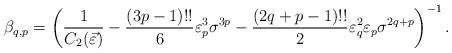
LaTeX: \begin{align*}\beta_{q,p}=\left(\frac{1}{C_{2}(\vec{\varepsilon})}-\frac{(3p-1)!!}{6} \varepsilon_{p}^{3}\sigma^{3p}-\frac{(2q+p-1)!!}{2}\varepsilon_{q}^{2} \varepsilon_{p} \sigma^{2q+p}\right)^{-1}.\end{align*}